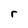
Character: r